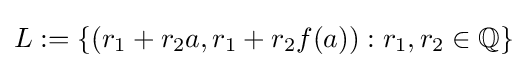
L:=\{(r_{1}+r_{2}a,r_{1}+r_{2}f(a)):r_{1},r_{2}\in \mathbb {Q} \}